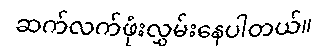
ဆက်လက်ဖုံးလွှမ်းနေပါတယ်။